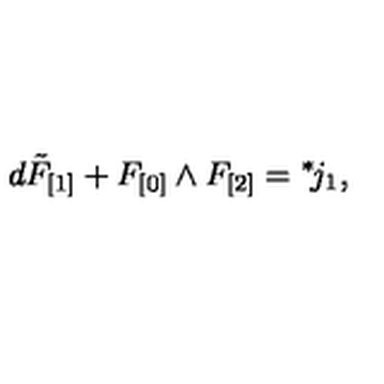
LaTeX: d \tilde { F } _ { [ 1 ] } + F _ { [ 0 ] } \wedge F _ { [ 2 ] } = { } ^ { * } \! j _ { 1 } ,